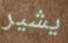
يشير